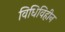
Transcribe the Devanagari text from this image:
विधिविहीन